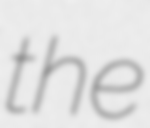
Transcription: the